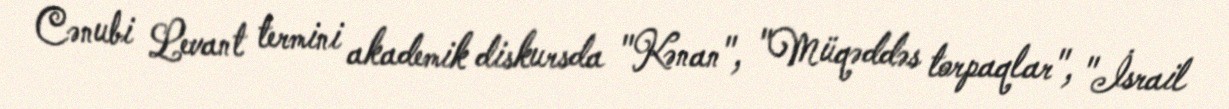
Cənubi Levant termini akademik diskursda "Kənan", "Müqəddəs torpaqlar", "İsrail